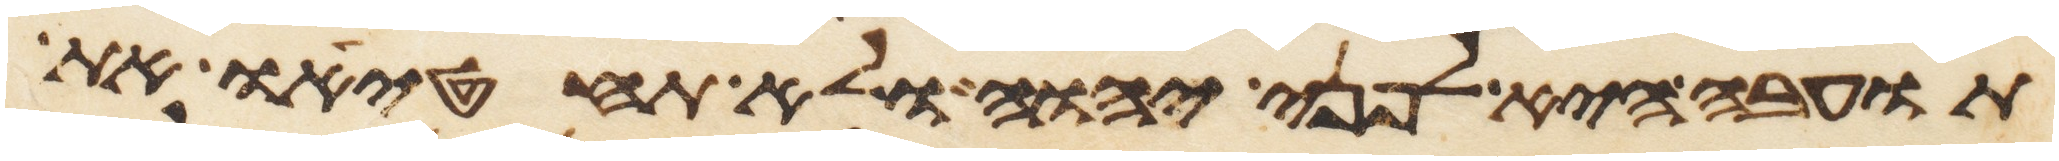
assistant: תועבה היא לפני יהוה ולא תחטיאו את